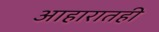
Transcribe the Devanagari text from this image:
आहारातही